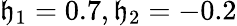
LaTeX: \mathfrak{h}_{1}=0.7,\mathfrak{h}_{2}=-0.2